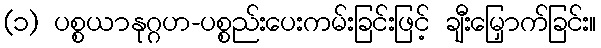
(၁) ပစ္စယာနုဂ္ဂဟ-ပစ္စည်းပေးကမ်းခြင်းဖြင့် ချီးမြှောက်ခြင်း။